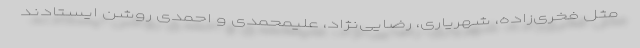
مثل فخری‌زاده، شهریاری، رضایی‌نژاد، علیمحمّدی و احمدی روشن ایستادند